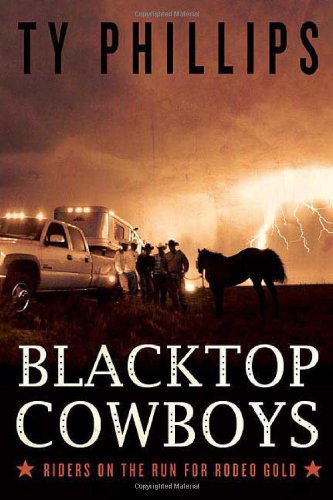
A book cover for Blacktop Cowboys: Riders on the Run for Rodeo Gold; Ty Phillips; Sports & Outdoors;